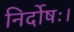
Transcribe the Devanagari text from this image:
निर्दोषः।